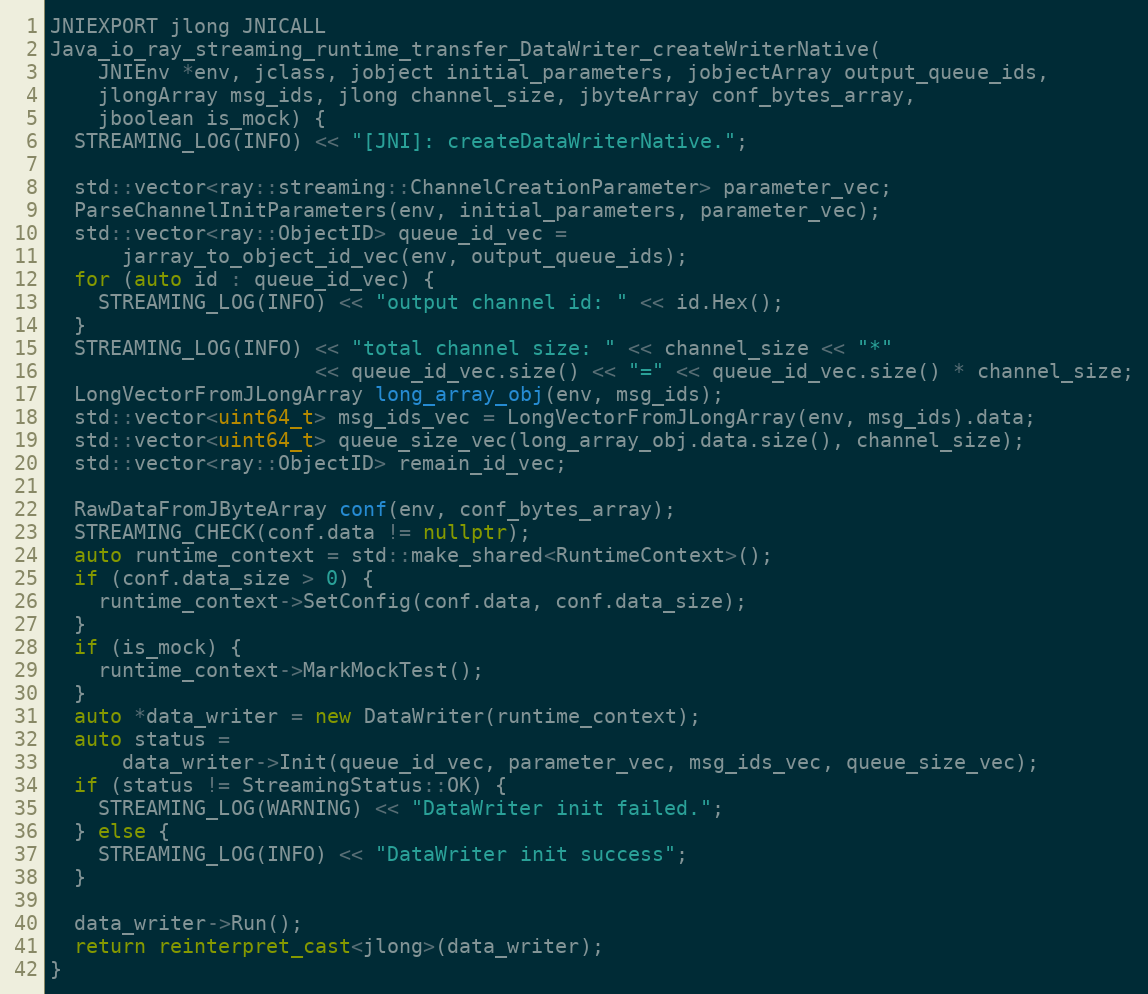
Language: C++
JNIEXPORT jlong JNICALL
Java_io_ray_streaming_runtime_transfer_DataWriter_createWriterNative(
    JNIEnv *env, jclass, jobject initial_parameters, jobjectArray output_queue_ids,
    jlongArray msg_ids, jlong channel_size, jbyteArray conf_bytes_array,
    jboolean is_mock) {
  STREAMING_LOG(INFO) << "[JNI]: createDataWriterNative.";

  std::vector<ray::streaming::ChannelCreationParameter> parameter_vec;
  ParseChannelInitParameters(env, initial_parameters, parameter_vec);
  std::vector<ray::ObjectID> queue_id_vec =
      jarray_to_object_id_vec(env, output_queue_ids);
  for (auto id : queue_id_vec) {
    STREAMING_LOG(INFO) << "output channel id: " << id.Hex();
  }
  STREAMING_LOG(INFO) << "total channel size: " << channel_size << "*"
                      << queue_id_vec.size() << "=" << queue_id_vec.size() * channel_size;
  LongVectorFromJLongArray long_array_obj(env, msg_ids);
  std::vector<uint64_t> msg_ids_vec = LongVectorFromJLongArray(env, msg_ids).data;
  std::vector<uint64_t> queue_size_vec(long_array_obj.data.size(), channel_size);
  std::vector<ray::ObjectID> remain_id_vec;

  RawDataFromJByteArray conf(env, conf_bytes_array);
  STREAMING_CHECK(conf.data != nullptr);
  auto runtime_context = std::make_shared<RuntimeContext>();
  if (conf.data_size > 0) {
    runtime_context->SetConfig(conf.data, conf.data_size);
  }
  if (is_mock) {
    runtime_context->MarkMockTest();
  }
  auto *data_writer = new DataWriter(runtime_context);
  auto status =
      data_writer->Init(queue_id_vec, parameter_vec, msg_ids_vec, queue_size_vec);
  if (status != StreamingStatus::OK) {
    STREAMING_LOG(WARNING) << "DataWriter init failed.";
  } else {
    STREAMING_LOG(INFO) << "DataWriter init success";
  }

  data_writer->Run();
  return reinterpret_cast<jlong>(data_writer);
}